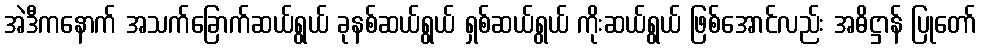
အဲဒီကနောက် အသက်ခြောက်ဆယ်ရွယ် ခုနစ်ဆယ်ရွယ် ရှစ်ဆယ်ရွယ် ကိုးဆယ်ရွယ် ဖြစ်အောင်လည်း အဓိဋ္ဌာန် ပြုတော်